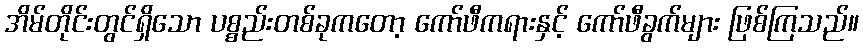
အိမ်တိုင်းတွင်ရှိသော ပစ္စည်းတစ်ခုကတော့ ကော်ဖီကရားနှင့် ကော်ဖီခွက်များ ဖြစ်ကြသည်။